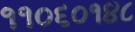
૧૧૦૬૦૧૪૮